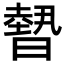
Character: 𭧳